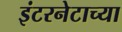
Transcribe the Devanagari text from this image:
इंटरनेटाच्या